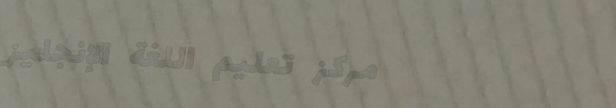
مركز تعليم اللغة الإنجليز